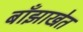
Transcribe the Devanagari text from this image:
बाँझाखेत